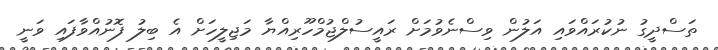
ތަސްދީގު ނުކުރައްވައި އަލުން ވިސްނެވުމަށް ރައީސުލްޖުމްހޫރިއްޔާ މަޖިލީހަށް އެ ބިލު ފޮނުއްވާފައި ވަނީ